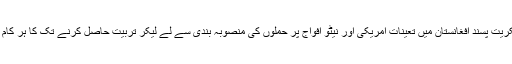
حقانی نیٹ ورک کے عسکریت پسند افغانستان میں تعینات امریکی اور نیٹو افواج پر حملوں کی منصوبہ بندی سے لے لیکر تربیت حاصل کرنے تک کا ہر کام یہیں انجام دیا کرتے تھے۔